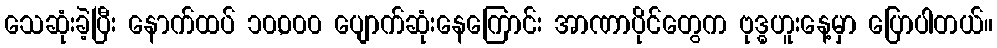
သေဆုံးခဲ့ပြီး နောက်ထပ် ၁၀,၀၀၀ ပျောက်ဆုံးနေကြောင်း အာဏာပိုင်တွေက ဗုဒ္ဓဟူးနေ့မှာ ပြောပါတယ်။